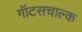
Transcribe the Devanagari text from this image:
गॉटसचाल्क